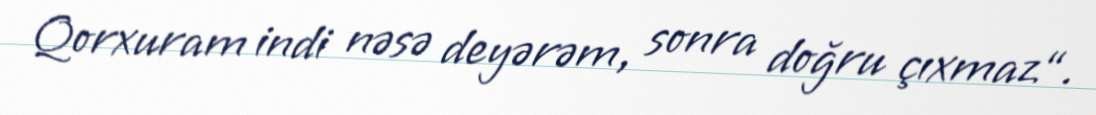
Qorxuram indi nəsə deyərəm, sonra doğru çıxmaz“.